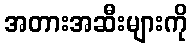
အတားအဆီးများကို